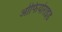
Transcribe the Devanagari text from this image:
ओफियोराइड